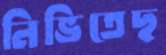
নিভিতেছ